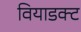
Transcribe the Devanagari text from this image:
वियाडक्ट